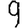
Digit: 9